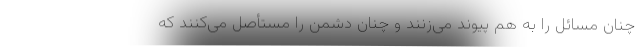
چنان مسائل را به هم پیوند می‌زنند و چنان دشمن را مستأصل می‌کنند که